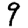
Digit: 9